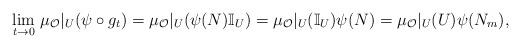
LaTeX: \begin{align*}\underset{t\to 0}{\lim}\ \mu_{\mathcal O}|_{U}(\psi\circ g_t)=\mu_{\mathcal O}|_{U}(\psi(N)\Bbb I_U)=\mu_{\mathcal O}|_{U}(\Bbb I_U)\psi(N)=\mu_{\mathcal O}|_{U}(U)\psi(N_m),\end{align*}